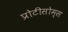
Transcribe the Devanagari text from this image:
प्रोटीसोम्स